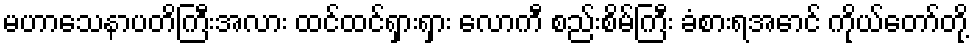
မဟာသေနာပတိကြီးအလား ထင်ထင်ရှားရှား လောကီ စည်းစိမ်ကြီး ခံစားရအောင် ကိုယ်တော်တို့